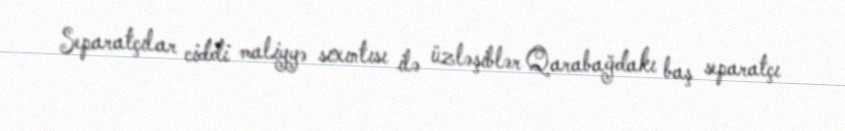
Separatçılar ciddi maliyyə sıxıntısı ilə üzləşiblər Qarabağdakı baş separatçı